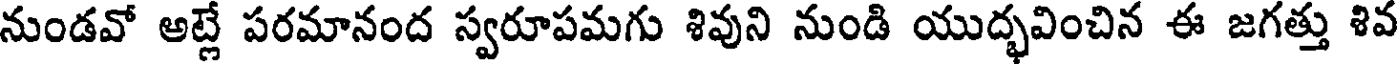
నుండవో అట్లే పరమానంద స్వరూపమగు శివుని నుండి యుద్భవించిన ఈ జగత్తు శివ